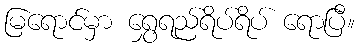
မြရောင်မှာ ရွှေရည်ရိပ်ရိပ် ရောပြီ။